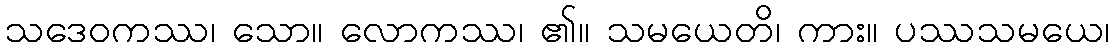
သဒေဝကဿ၊ သော။ လောကဿ၊ ၏။ သမယေတိ၊ ကား။ ပဿသမယေ၊